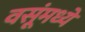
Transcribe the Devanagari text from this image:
वसूंमध्यें